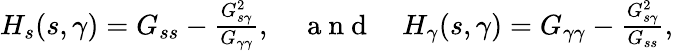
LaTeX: \begin{array}{r}{H_{s}(s,\gamma)=G_{ss}-\frac{G_{s\gamma}^{2}}{G_{\gamma\gamma}},\quad\mathrm{~a~n~d~}\quad H_{\gamma}(s,\gamma)=G_{\gamma\gamma}-\frac{G_{s\gamma}^{2}}{G_{ss}},}\end{array}